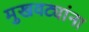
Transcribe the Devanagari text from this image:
मुखवट्यांना